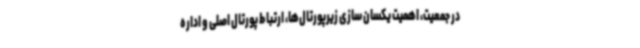
در جمعیت، اهمیت یکسان سازی زیرپورتال‌ها، ارتباط پورتال اصلی و اداره